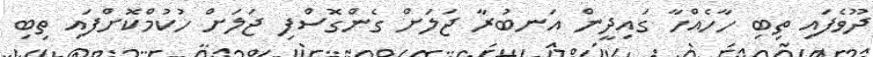
ދޫވެފައި ތިބި ހާހެއްހާ ގައިދީން އަނބުރާ ޖަލަށް ގެންގޮސްފި ޖަލަށް ހުކުމްކޮށްފައި ތިބި